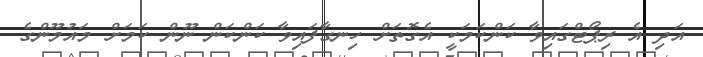
އަދި އެ ރިޕޯޓްގައިވާ ކަންކަމަކީ އެގޮތަށް ހިނގާފައިވާ ކަންކަން ނޫން ކަމަށް މައުމޫންގެ